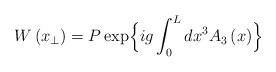
LaTeX: \begin{align*}W \left(x_{\perp}\right) = P\exp\Bigl\{ig \int_{0}^{L} dx^{3} A_{3}\left(x\right) \Bigr\}\end{align*}